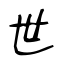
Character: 世